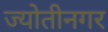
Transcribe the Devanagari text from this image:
ज्योतीनगर